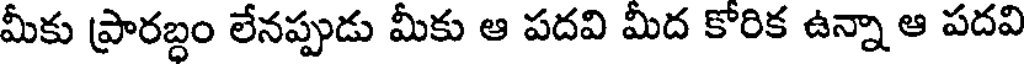
మీకు ప్రారబ్దం లేనప్పుడు మీకు ఆ పదవి మీద కోరిక ఉన్నా ఆ పదవి